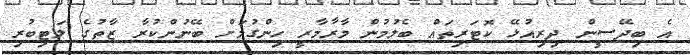
އެ ބިދޭސީން ދިރިއުޅޭ ކޮޓަރިތައް ބެލުމުން މާރާމާރީ ހިންގުމަށް ބޭނުންކުރާ ޒާތުގެ ލަޓިބުރި